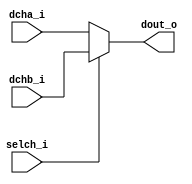
// Name: mux_ch.v
//
// Description: Multiplexor de 2:1 para seleccionar entre ch0-10010111 y ch1-11010111 del ADC.

module mux_dac_ch #(
  parameter Width = 16
) (
  input               selch_i,
  input   [Width-1:0] dcha_i,
  input   [Width-1:0] dchb_i,
  output  [Width-1:0] dout_o
);

  assign dout_o = selch_i ? dchb_i : dcha_i;
endmodule